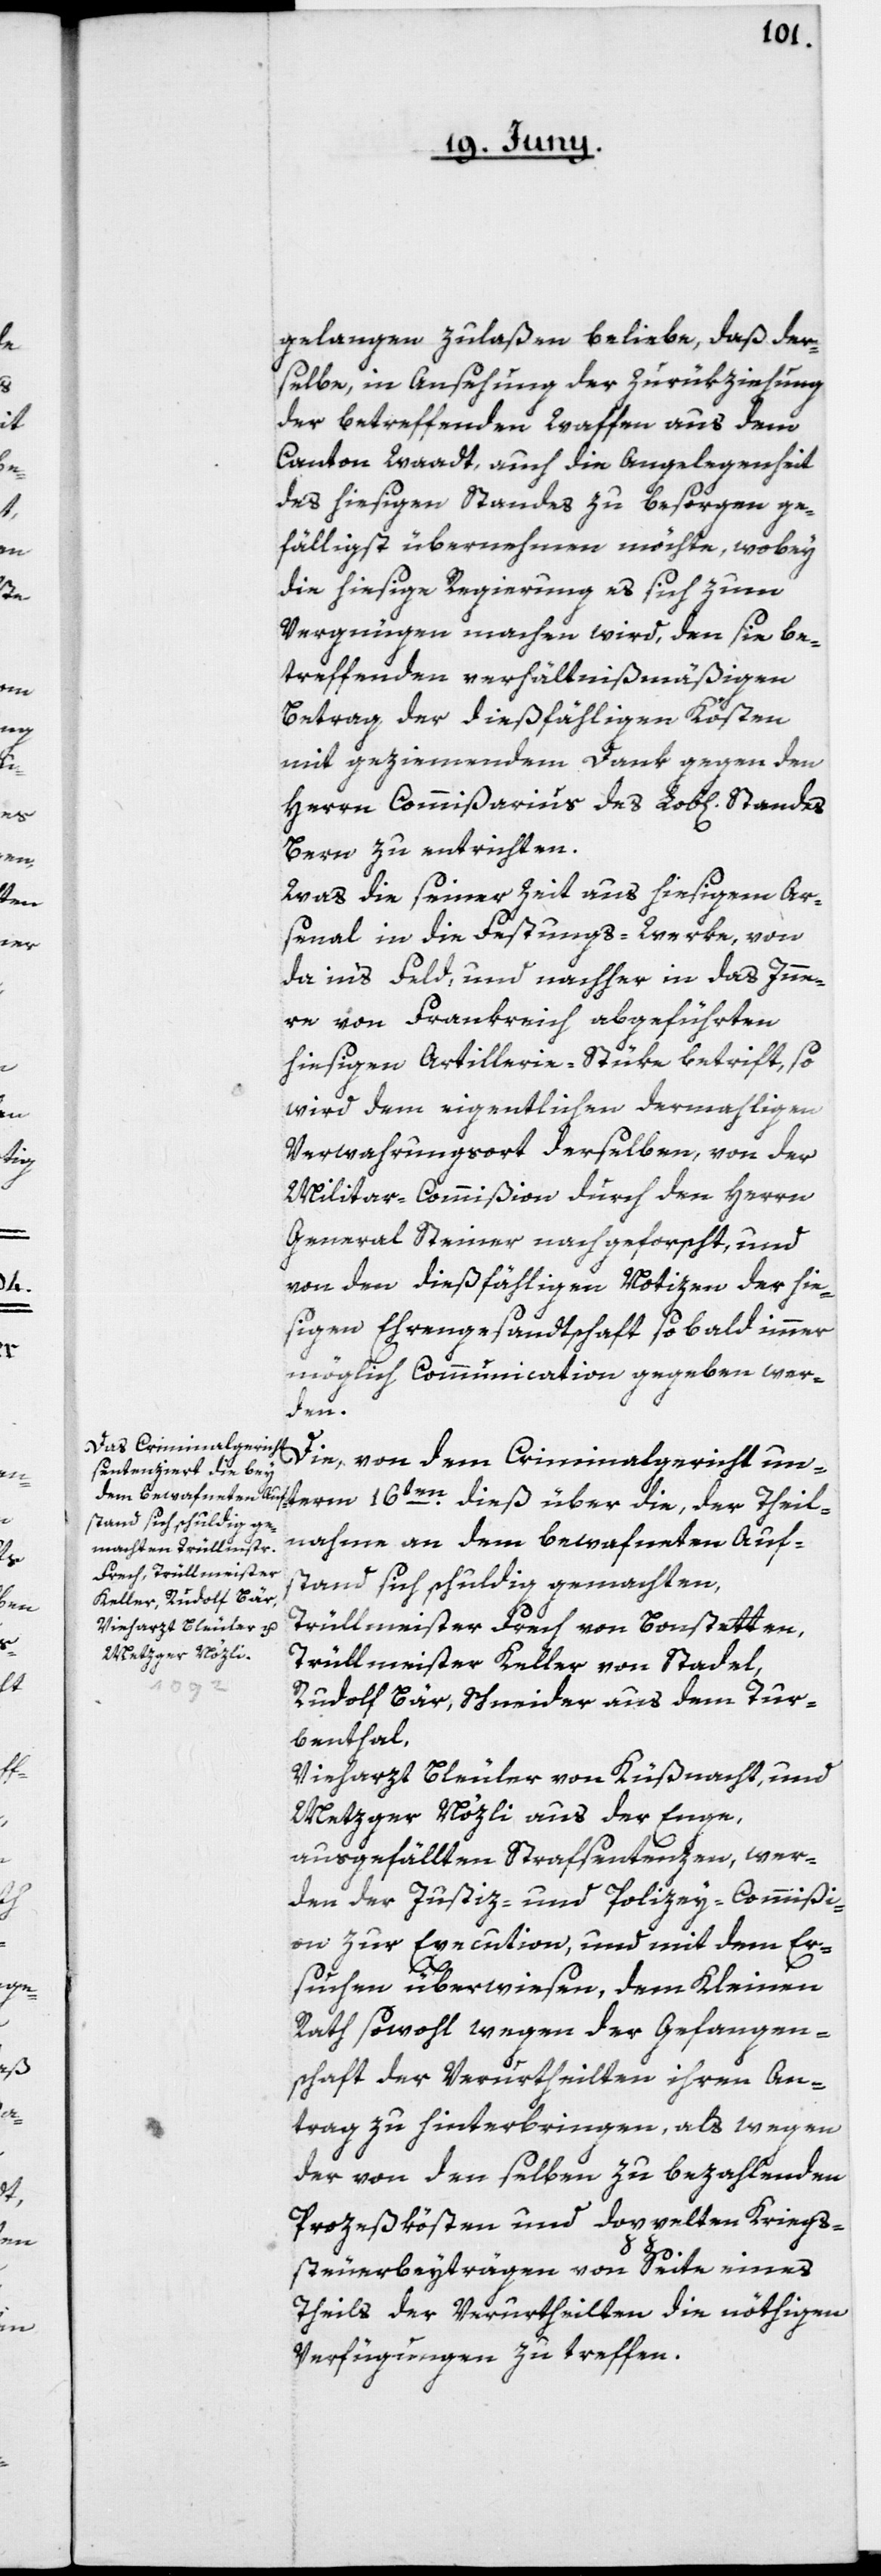
gelangen zulaßen beliebe, daß der¬
selbe, in Ansehung der Zurükziehung
der betreffenden Waffen aus dem
Canton Waadt auch die Angelegenheit
des hiesigen Standes zu besorgen ge¬
fälligst übernehmen möchte, wobey
die hiesige Regierung es sich zum
Vergnügen machen wird, den sie be¬
treffenden verhältnißmäßigen
Betrag der dießfälligen Kösten
mit geziemendem Dank gegen den
Herrn Commißarius des Lob[lichen] Standes
Bern zu entrichten.
Was die seiner Zeit aus hiesigem Ar¬
senal in die Festungs-Werke von
da in’s Feld, und nachher in das Inne¬
re von Frankreich abgeführten
hiesigen Artillerie-Stüke betrift, so
wird dem eigentlichen dermahligen
Verwahrungsort derselben von der
Militar-Commißion durch den Herrn
General Steiner nachgeforscht, und
von den dießfälligen Notizen der hie¬
sigen Ehrengesandtschaft so bald immer
möglich Communication gegeben wer¬
den.
Die, von dem Criminalgericht un¬
nahme an dem bewafneten Auf¬
stand sich schuldig gemachten,
Trüllmeister Frech von Bonstetten,
Trüllmeister Keller von Stadel,
Theil¬
Rudolf Bär, Schneider aus dem Tur¬
benthal,
Vieharzt Bleuler von Küßnacht, und
Metzger Nözli aus der Enge,
ausgefällten Strafsentenzen, wer¬
den der Justiz- und Polizey-Commißi¬
on zur Execution, und mit dem Er¬
suchen überwiesen, dem Kleinen
Rath sowohl wegen der Gefangen¬
schaft der Verurtheilten ihren An¬
trag zu hinterbringen, als wegen
der von denselben zu bezahlenden
Prozeßkösten und doppelten Kriegs¬
steuerbeyträgen von Seite eines
Theils der Verurtheilten, die nöthigen
Verfügungen zu treffen.